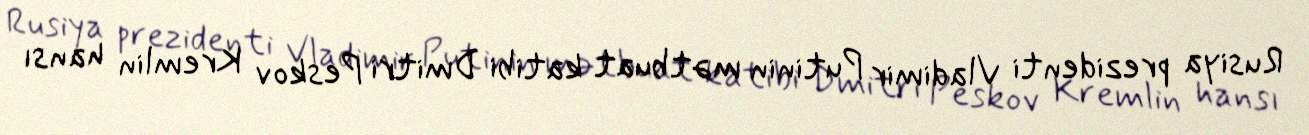
Rusiya prezidenti Vladimir Putinin mətbuat katibi Dmitri Peskov Kremlin hansı